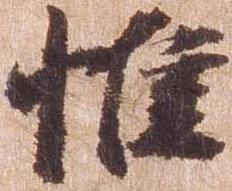
惟